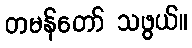
တမန်တော် သဖွယ်။